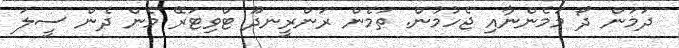
ދަމަން ދޯ މަމެންނާއި ޖެހުމުން. ތަމެން ރަންރީނދޫ ޓްވިޓަރޭ މެން ދެން ސީލަ